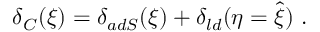
\delta _ { C } ( \xi ) = \delta _ { a d S } ( \xi ) + \delta _ { l d } ( \eta = \hat { \xi } ) \ .